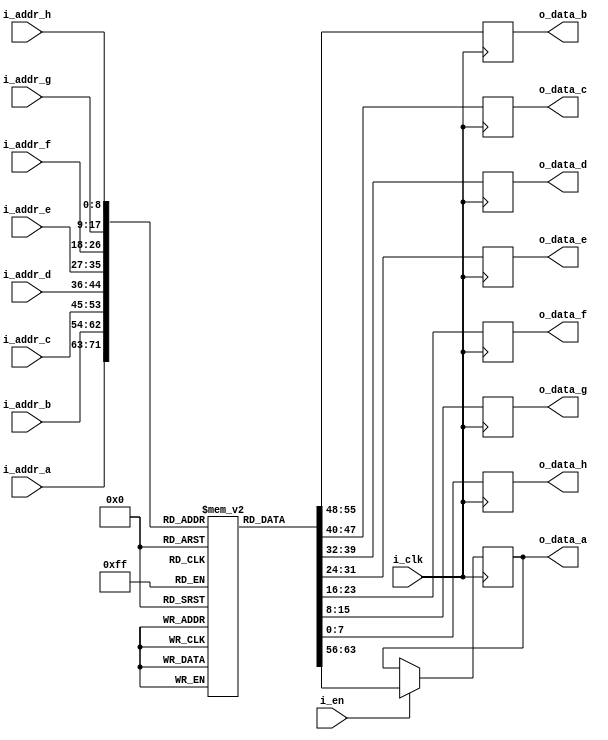
///////////////////////////////////////////////////////////////////////////////
// $Author: BH $    $Date: 2022-06-01 $    $Revision: 0 $
//
// Module: rom_8ch.v
// Project: iCESDM (Sigma Delta Modulator for Lattice iCE40)
// Description: 8-channel read only memory.
//
// Change history:  2022-06-31 Created file (adapted from rom_4ch.v).
//
// 2023 ETH Zurich, Brett Hannigan; D-HEST; Biomedical and Mobile Health Technology (BMHT) Lab; Carlo Menon
//
///////////////////////////////////////////////////////////////////////////////

`ifndef __ROM_8CH_INCLUDE__
`define __ROM_8CH_INCLUDE__
`endif

module rom_8ch(i_clk, i_en, i_addr_a, i_addr_b, i_addr_c, i_addr_d, i_addr_e, i_addr_f, i_addr_g, i_addr_h, o_data_a, o_data_b, o_data_c, o_data_d, o_data_e, o_data_f, o_data_g, o_data_h);
    parameter ADDR_WIDTH = 9;
    parameter DATA_WIDTH = 8;
    parameter LOAD_PATH = "";
    input i_clk, i_en;
    input [(ADDR_WIDTH-1):0] i_addr_a, i_addr_b, i_addr_c, i_addr_d, i_addr_e, i_addr_f, i_addr_g, i_addr_h;
    output reg [(DATA_WIDTH-1):0] o_data_a, o_data_b, o_data_c, o_data_d, o_data_e, o_data_f, o_data_g, o_data_h;
    reg [(DATA_WIDTH-1):0] mem [0:((1<<ADDR_WIDTH)-1)];

    initial if (LOAD_PATH) $readmemh(LOAD_PATH, mem);

    always @(posedge i_clk)
    begin
        if (i_en)
            o_data_a <= mem[i_addr_a];
            o_data_b <= mem[i_addr_b];
            o_data_c <= mem[i_addr_c];
            o_data_d <= mem[i_addr_d];
            o_data_e <= mem[i_addr_e];
            o_data_f <= mem[i_addr_f];
            o_data_g <= mem[i_addr_g];
            o_data_h <= mem[i_addr_h];
    end
endmodule